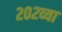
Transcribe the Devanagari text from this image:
२०२व्या